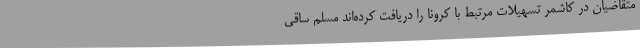
متقاضیان در کاشمر تسهیلات مرتبط با کرونا را دریافت کرده‌اند مسلم ساقی